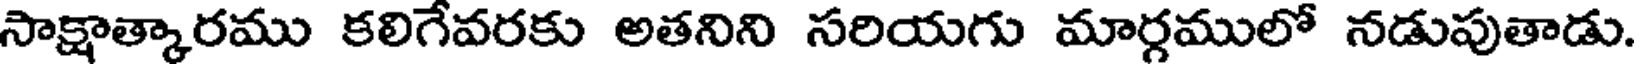
సాక్షాత్కారము కలిగేవరకు అతనిని సరియగు మార్గములో నడుపుతాడు.